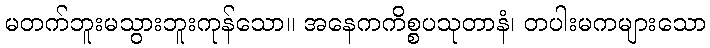
မတက်ဘူးမသွားဘူးကုန်သော။ အနေကကိစ္စပသုတာနံ၊ တပါးမကများသော